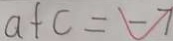
a + c = - 7